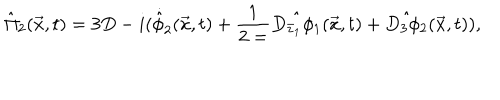
{ \hat { \Pi } } _ { 2 } ( \vec { x } , t ) = 3 D - i ( { \dot { \hat { \phi } } } _ { 2 } ( \vec { x } , t ) + \frac { 1 } { 2 = } \hat { D _ { { \bar { z } } _ { 1 } } \phi _ { 1 } } ( \vec { x } , t ) + \hat { D _ { 3 } \phi _ { 2 } } ( \vec { x } , t ) ) ,